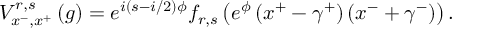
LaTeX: V _ { x ^ { - } , x ^ { + } } ^ { r , s } \left( g \right) = e ^ { i \left( s - i / 2 \right) \phi } f _ { r , s } \left( e ^ { \phi } \left( x ^ { + } - \gamma ^ { + } \right) \left( x ^ { - } + \gamma ^ { - } \right) \right) .